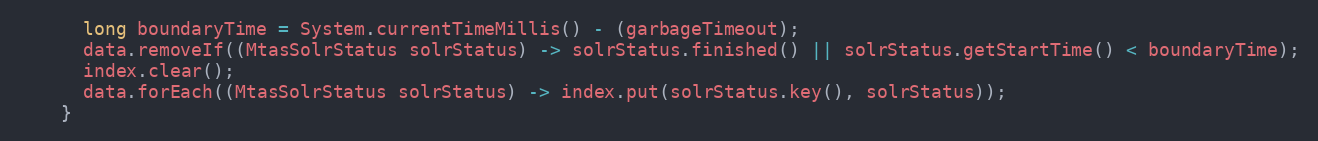
Language: Java
      long boundaryTime = System.currentTimeMillis() - (garbageTimeout);
      data.removeIf((MtasSolrStatus solrStatus) -> solrStatus.finished() || solrStatus.getStartTime() < boundaryTime);
      index.clear();
      data.forEach((MtasSolrStatus solrStatus) -> index.put(solrStatus.key(), solrStatus));
    }